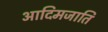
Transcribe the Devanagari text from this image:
आदिमजाति